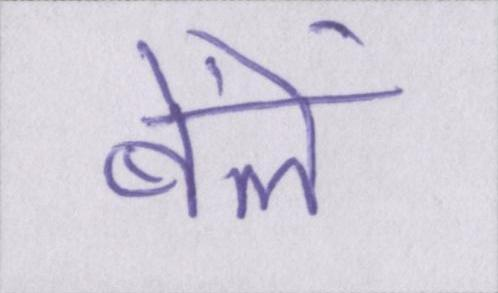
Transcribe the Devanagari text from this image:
बेंलें